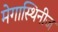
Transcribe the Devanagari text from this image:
मेगास्थिनीज